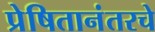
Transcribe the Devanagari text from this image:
प्रेषितानंतरचे